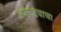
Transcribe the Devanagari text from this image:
आंकडयाचा